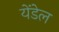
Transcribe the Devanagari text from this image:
येंडेल